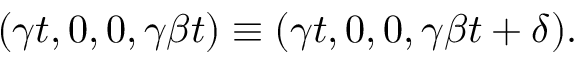
( \gamma t , 0 , 0 , \gamma \beta t ) \equiv ( \gamma t , 0 , 0 , \gamma \beta t + \delta ) .